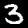
Label: 3